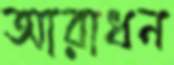
আরাধন